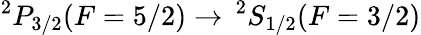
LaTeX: ^2P_{3/2}(F=5/2)\to\, ^{2}S_{1/2}(F=3/2)